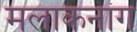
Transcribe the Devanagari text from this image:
मलाकनांग